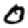
Digit: 0